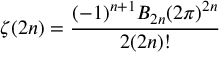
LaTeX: \zeta ( 2 n ) = { \frac { ( - 1 ) ^ { n + 1 } B _ { 2 n } ( 2 \pi ) ^ { 2 n } } { 2 ( 2 n ) ! } }